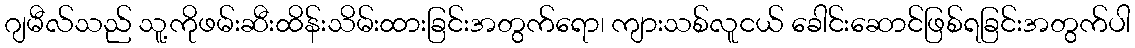
ဂျမီလ်သည် သူ့ကိုဖမ်းဆီးထိန်းသိမ်းထားခြင်းအတွက်ရော၊ ကျားသစ်လူငယ် ခေါင်းဆောင်ဖြစ်ရခြင်းအတွက်ပါ